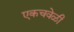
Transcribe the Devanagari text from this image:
एकचवेळी